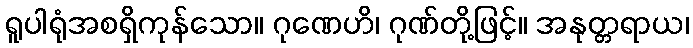
ရူပါရုံအစရှိကုန်သော။ ဂုဏေဟိ၊ ဂုဏ်တို့ဖြင့်။ အနုတ္တရာယ၊